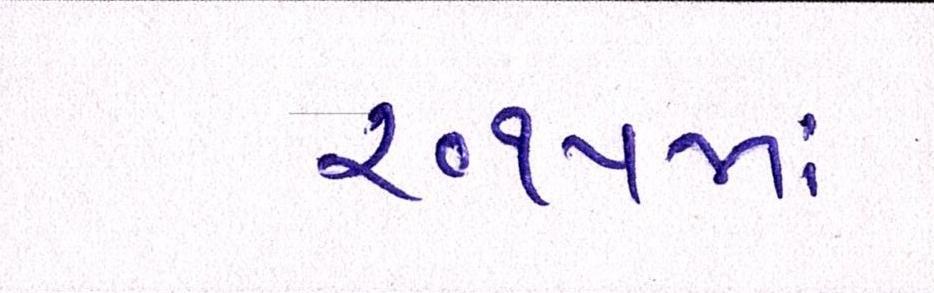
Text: ૨૦૧૫માં